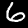
Label: 6